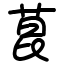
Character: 菎